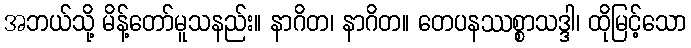
အဘယ်သို့ မိန့်တော်မူသနည်း။ နာဂိတ၊ နာဂိတ။ တေပနဿစ္စာသဒ္ဒါ၊ ထိုမြင့်သော